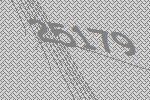
25179